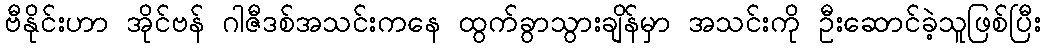
ဗီနိုင်းဟာ အိုင်ဗန် ဂါဇီဒစ်အသင်းကနေ ထွက်ခွာသွားချိန်မှာ အသင်းကို ဦးဆောင်ခဲ့သူဖြစ်ပြီး